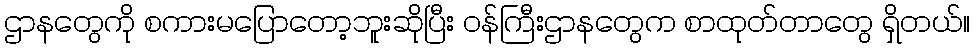
ဌာနတွေကို စကားမပြောတော့ဘူးဆိုပြီး ဝန်ကြီးဌာနတွေက စာထုတ်တာတွေ ရှိတယ်။